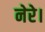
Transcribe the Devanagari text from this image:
नेरे।